system: You are a helpful assistant.
user:
Analyze the provided spectrum to determine if it is a **Carbon Star (C-type)**.

- **Key Visual Indicators of Carbon Star:**
    - **(Primary):** Strong molecular absorption from **C₂ (diatomic carbon) "Swan Bands."** This is the **defining feature** of a carbon star.
        - **(Key Bandheads):** Sharp absorption edges are visible at approximately $5635$ Å, $5165$ Å (the strongest band), and $4737$ Å.
        - **(Line Profile):** Creates a distinct **"saw-tooth"** pattern. The key morphology is a sharp, steep bandhead on the **red (long-wavelength) side**, which then gradually tapers off (i.e., flux recovers) towards the **blue (short-wavelength) side**. *(This is the direct opposite of the TiO bands seen in M-type stars)*.

    - **(Secondary):** Intense **CN (cyanogen)** molecular absorption bands.
        - **(Key Bandheads):** Located in the blue and violet regions of the spectrum (e.g., near $4215$ Å and $3883$ Å).
        - **(Morphology):** These bands are extremely broad and act as a "blanket," absorbing the vast majority of blue and violet light. This creates a characteristic **"cliff"** or **"steep drop-off"** in the spectrum's flux at short wavelengths.

    - **(Key Confirmation):** Strong **CH absorption band (G-band)**.
        - **(Key Bandhead):** Located around $4300$ Å. The contribution from CH molecules to this band is exceptionally strong.

    - **(Overall Spectrum):**
        - The continuum is severely "chopped up" by these deep molecular bands, especially C₂, rather than appearing as a smooth curve.
        - Due to the heavy CN and C₂ absorption in the blue-green, the vast majority of the star's flux is concentrated in the red part of the spectrum, giving the star its characteristic deep red color.

Think first, call **spectral_visualization_tool** if needed to examine features in detail, then provide your final answer. Your response must adhere to the following strict rules:
1.  **Overall Structure:** Your response must follow the format `<think>...</think> <tool_call>...</tool_call> (if a tool is used) <answer>...</answer>`.
2.  **Tool Usage Constraint:** You may only make **one** tool call per turn.
3.  **Final Answer Format:** In the `<answer>` tag, your conclusion must be inside a `\boxed{}` command (e.g., `\boxed{YES}`), followed by your justification.

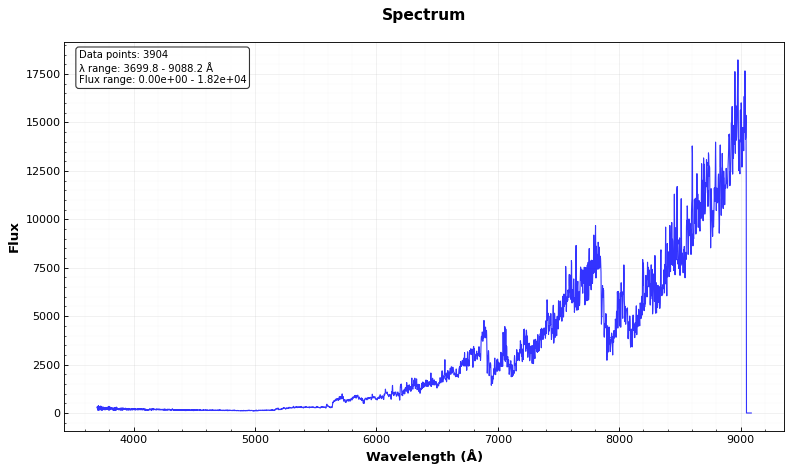
Answer: YES